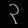
Digit: ၃